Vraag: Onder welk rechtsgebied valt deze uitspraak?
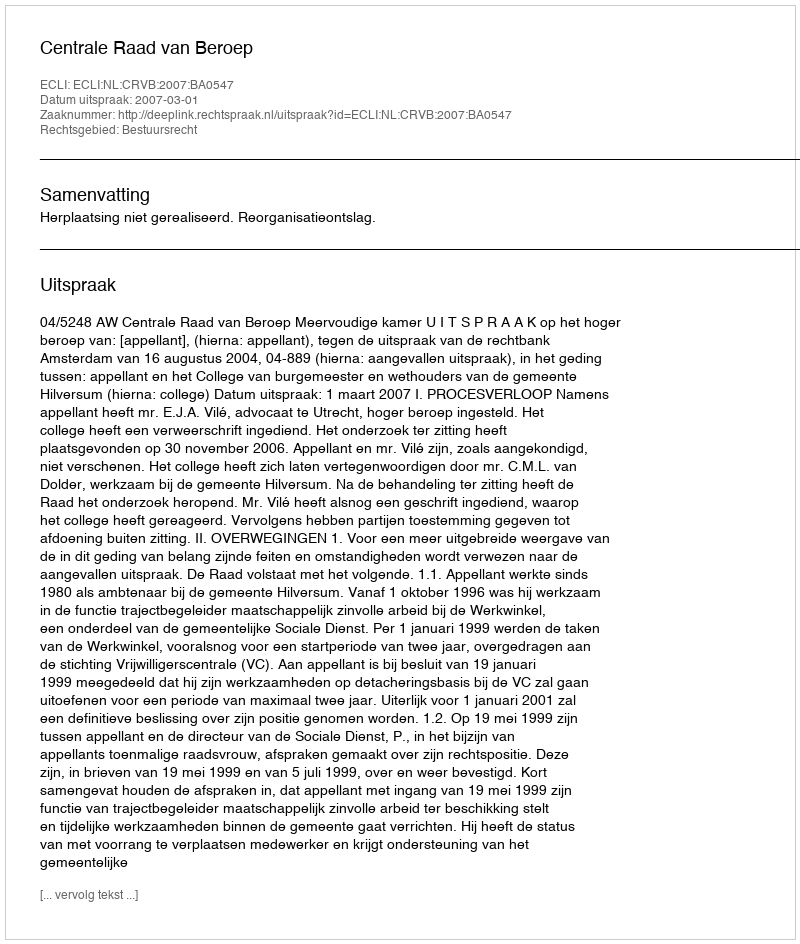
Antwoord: Bestuursrecht